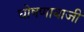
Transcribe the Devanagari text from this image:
घोषणाबाजी